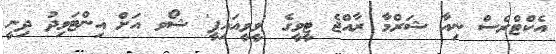
އެކްޓްރެސް ނިއާ ޝަރްމާ ރާއްޖެ ޓީވީގެ 'ވީވީއައިޕީ' ޝޯވ އަށް އިންޓަވިދު ދިނީ